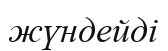
жүндейді